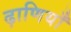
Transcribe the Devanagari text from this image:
ढ़ाणियाँ